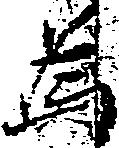
為